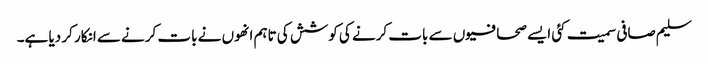
سلیم صافی سمیت کئی ایسے صحافیوں سے بات کرنے کی کوشش کی تاہم انھوں نے بات کرنے سے انکار کر دیا ہے۔